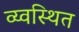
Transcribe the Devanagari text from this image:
व्य्वस्थित